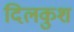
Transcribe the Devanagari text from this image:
दिलकुश